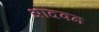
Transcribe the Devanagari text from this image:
आदवन